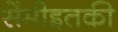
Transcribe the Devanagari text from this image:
सेंमीइतकी